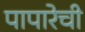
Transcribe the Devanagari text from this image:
पापारेची